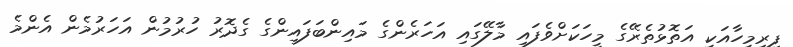
ފިރިމީހާއަކީ އަތޮޅުތެރޭގެ މީހަކަށްވެފައި މާލޭގައި އަހަރެންގެ މައިންބަފައިންގެ ގެދޮރު ހުރުމުން އަހަރުމެން އެންމެ